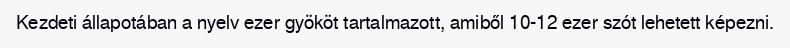
Kezdeti állapotában a nyelv ezer gyököt tartalmazott, amiből 10-12 ezer szót lehetett képezni.